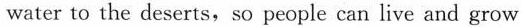
water to the deserts,so people can live and grow